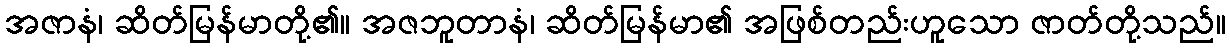
အဇာနံ၊ ဆိတ်မြန်မာတို့၏။ အဇဘူတာနံ၊ ဆိတ်မြန်မာ၏ အဖြစ်တည်းဟူသော ဇာတ်တို့သည်။